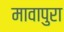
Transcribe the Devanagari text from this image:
मावापुरा